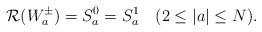
LaTeX: \begin{align*}\mathcal{R}(W_a^\pm)=S_a^0=S_a^1 \quad(2\le |a|\le N).\end{align*}